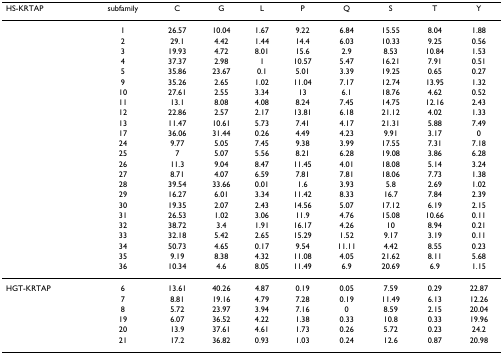
<table><thead><tr><td><b>HS-KRTAP</b></td><td><b>subfamily</b></td><td><b>C</b></td><td><b>G</b></td><td><b>L</b></td><td><b>P</b></td><td><b>Q</b></td><td><b>S</b></td><td><b>T</b></td><td><b>Y</b></td></tr></thead><tbody><tr><td></td><td>1</td><td>26.57</td><td>10.04</td><td>1.67</td><td>9.22</td><td>6.84</td><td>15.55</td><td>8.04</td><td>1.88</td></tr><tr><td></td><td>2</td><td>29.1</td><td>4.42</td><td>1.44</td><td>14.4</td><td>6.03</td><td>10.33</td><td>9.25</td><td>0.56</td></tr><tr><td></td><td>3</td><td>19.93</td><td>4.72</td><td>8.01</td><td>15.6</td><td>2.9</td><td>8.53</td><td>10.84</td><td>1.53</td></tr><tr><td></td><td>4</td><td>37.37</td><td>2.98</td><td>1</td><td>10.57</td><td>5.47</td><td>16.21</td><td>7.91</td><td>0.51</td></tr><tr><td></td><td>5</td><td>35.86</td><td>23.67</td><td>0.1</td><td>5.01</td><td>3.39</td><td>19.25</td><td>0.65</td><td>0.27</td></tr><tr><td></td><td>9</td><td>35.26</td><td>2.65</td><td>1.02</td><td>11.04</td><td>7.17</td><td>12.74</td><td>13.95</td><td>1.32</td></tr><tr><td></td><td>10</td><td>27.61</td><td>2.55</td><td>3.34</td><td>13</td><td>6.1</td><td>18.76</td><td>4.62</td><td>0.52</td></tr><tr><td></td><td>11</td><td>13.1</td><td>8.08</td><td>4.08</td><td>8.24</td><td>7.45</td><td>14.75</td><td>12.16</td><td>2.43</td></tr><tr><td></td><td>12</td><td>22.86</td><td>2.57</td><td>2.17</td><td>13.81</td><td>6.18</td><td>21.12</td><td>4.02</td><td>1.33</td></tr><tr><td></td><td>13</td><td>11.47</td><td>10.61</td><td>5.73</td><td>7.41</td><td>4.17</td><td>21.31</td><td>5.88</td><td>7.49</td></tr><tr><td></td><td>17</td><td>36.06</td><td>31.44</td><td>0.26</td><td>4.49</td><td>4.23</td><td>9.91</td><td>3.17</td><td>0</td></tr><tr><td></td><td>24</td><td>9.77</td><td>5.05</td><td>7.45</td><td>9.38</td><td>3.99</td><td>17.55</td><td>7.31</td><td>7.18</td></tr><tr><td></td><td>25</td><td>7</td><td>5.07</td><td>5.56</td><td>8.21</td><td>6.28</td><td>19.08</td><td>3.86</td><td>6.28</td></tr><tr><td></td><td>26</td><td>11.3</td><td>9.04</td><td>8.47</td><td>11.45</td><td>4.01</td><td>18.08</td><td>5.14</td><td>3.24</td></tr><tr><td></td><td>27</td><td>8.71</td><td>4.07</td><td>6.59</td><td>7.81</td><td>7.81</td><td>18.06</td><td>7.73</td><td>1.38</td></tr><tr><td></td><td>28</td><td>39.54</td><td>33.66</td><td>0.01</td><td>1.6</td><td>3.93</td><td>5.8</td><td>2.69</td><td>1.02</td></tr><tr><td></td><td>29</td><td>16.27</td><td>6.01</td><td>3.34</td><td>11.42</td><td>8.33</td><td>16.7</td><td>7.84</td><td>2.39</td></tr><tr><td></td><td>30</td><td>19.35</td><td>2.07</td><td>2.43</td><td>14.56</td><td>5.07</td><td>17.12</td><td>6.19</td><td>2.15</td></tr><tr><td></td><td>31</td><td>26.53</td><td>1.02</td><td>3.06</td><td>11.9</td><td>4.76</td><td>15.08</td><td>10.66</td><td>0.11</td></tr><tr><td></td><td>32</td><td>38.72</td><td>3.4</td><td>1.91</td><td>16.17</td><td>4.26</td><td>10</td><td>8.94</td><td>0.21</td></tr><tr><td></td><td>33</td><td>32.18</td><td>5.42</td><td>2.65</td><td>15.29</td><td>1.52</td><td>9.17</td><td>3.19</td><td>0.11</td></tr><tr><td></td><td>34</td><td>50.73</td><td>4.65</td><td>0.17</td><td>9.54</td><td>11.11</td><td>4.42</td><td>8.55</td><td>0.23</td></tr><tr><td></td><td>35</td><td>9.19</td><td>8.38</td><td>4.32</td><td>11.08</td><td>4.05</td><td>21.62</td><td>8.11</td><td>5.68</td></tr><tr><td></td><td>36</td><td>10.34</td><td>4.6</td><td>8.05</td><td>11.49</td><td>6.9</td><td>20.69</td><td>6.9</td><td>1.15</td></tr><tr><td>HGT-KRTAP</td><td>6</td><td>13.61</td><td>40.26</td><td>4.87</td><td>0.19</td><td>0.05</td><td>7.59</td><td>0.29</td><td>22.87</td></tr><tr><td></td><td>7</td><td>8.81</td><td>19.16</td><td>4.79</td><td>7.28</td><td>0.19</td><td>11.49</td><td>6.13</td><td>12.26</td></tr><tr><td></td><td>8</td><td>5.72</td><td>23.97</td><td>3.94</td><td>7.16</td><td>0</td><td>8.59</td><td>2.15</td><td>20.04</td></tr><tr><td></td><td>19</td><td>6.07</td><td>36.52</td><td>4.22</td><td>1.38</td><td>0.33</td><td>10.8</td><td>0.33</td><td>19.96</td></tr><tr><td></td><td>20</td><td>13.9</td><td>37.61</td><td>4.61</td><td>1.73</td><td>0.26</td><td>5.72</td><td>0.23</td><td>24.2</td></tr><tr><td></td><td>21</td><td>17.2</td><td>36.82</td><td>0.93</td><td>1.03</td><td>0.24</td><td>12.6</td><td>0.87</td><td>20.98</td></tr></tbody></table>